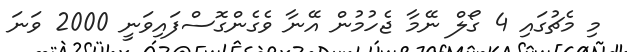
މި މެޗުގައި 4 ގޯލް ނޭމާ ޖެހުމުން އޭނާ ވެގެންގޮސްފައިވަނީ 2000 ވަނަ